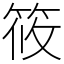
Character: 筱